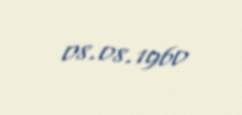
08.08.1960